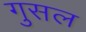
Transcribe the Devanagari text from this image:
गुसल